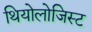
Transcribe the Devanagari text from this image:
थियोलोजिस्ट